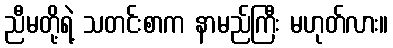
ညီမတို့ရဲ့ သတင်းစာက နာမည်ကြီး မဟုတ်လား။